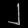
Digit: ၂